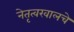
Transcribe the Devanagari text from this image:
नेतृत्वखालचे